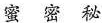
蜜 密 秘